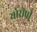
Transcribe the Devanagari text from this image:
योरोपी